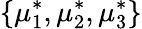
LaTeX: \{ \mu_{1}^{*},\mu_{2}^{*},\mu_{3}^{*}\}